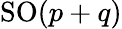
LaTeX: \mathrm{SO}(p+q)